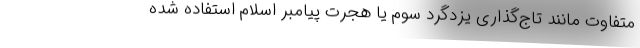
متفاوت مانند تاج‌گذاری یزدگرد سوم یا هجرت پیامبر اسلام استفاده شده